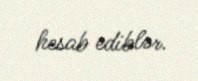
hesab ediblər.